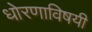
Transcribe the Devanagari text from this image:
धोरणाविषयी